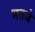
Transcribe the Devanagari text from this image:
भतजे